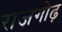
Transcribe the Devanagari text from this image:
राजगोढ़